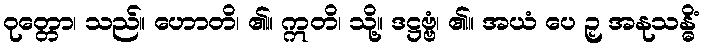
ဝုတ္တော၊ သည်။ ဟောတိ၊ ၏။ ဣတိ၊ သို့။ ဒဋ္ဌဗ္ဗံ၊ ၏။ အယံ ပေ ဉှ အနုသန္ဓိံ